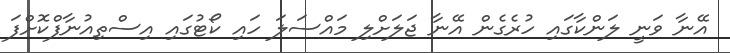
އޭނާ ވަނީ ލަންކާގައި ހުރެގެން އޭނާ ޖަލަށްލި މައްސަލަ ހައި ކޯޓުގައި އިސްތިއުނާފްކޮށްފަ